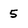
Character: 5